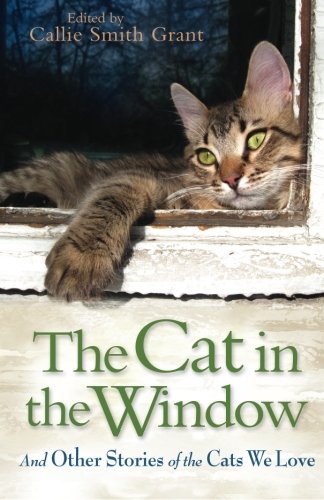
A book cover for The Cat in the Window: And Other Stories of the Cats We Love; Crafts, Hobbies & Home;